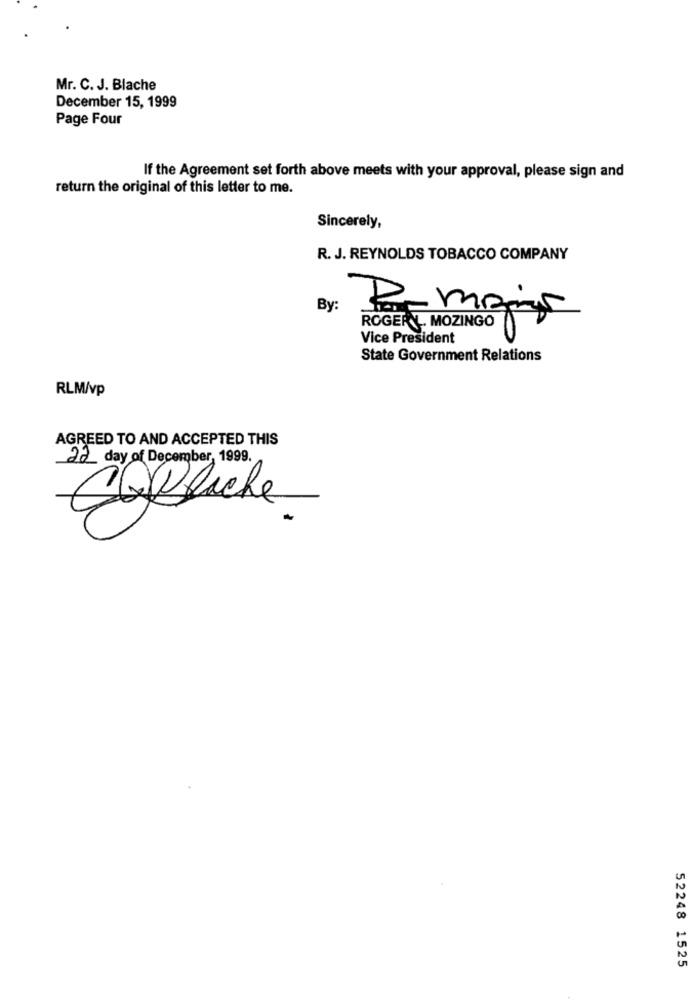
Mr. C. J. Blache
December 15, 1999
Page Four
If the Agreement set forth above meets with your approval, please sign and
return the original of this letter to me.
Sincerely,
R. J. REYNOLDS TOBACCO COMPANY
By:
ROGERY MOZINGO
Vice President
State Government Relations
RLM/vp
AGREED TO AND ACCEPTED THIS
22 day of December, 1999.
Capliche
52248 1525